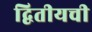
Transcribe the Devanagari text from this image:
द्वितीयची